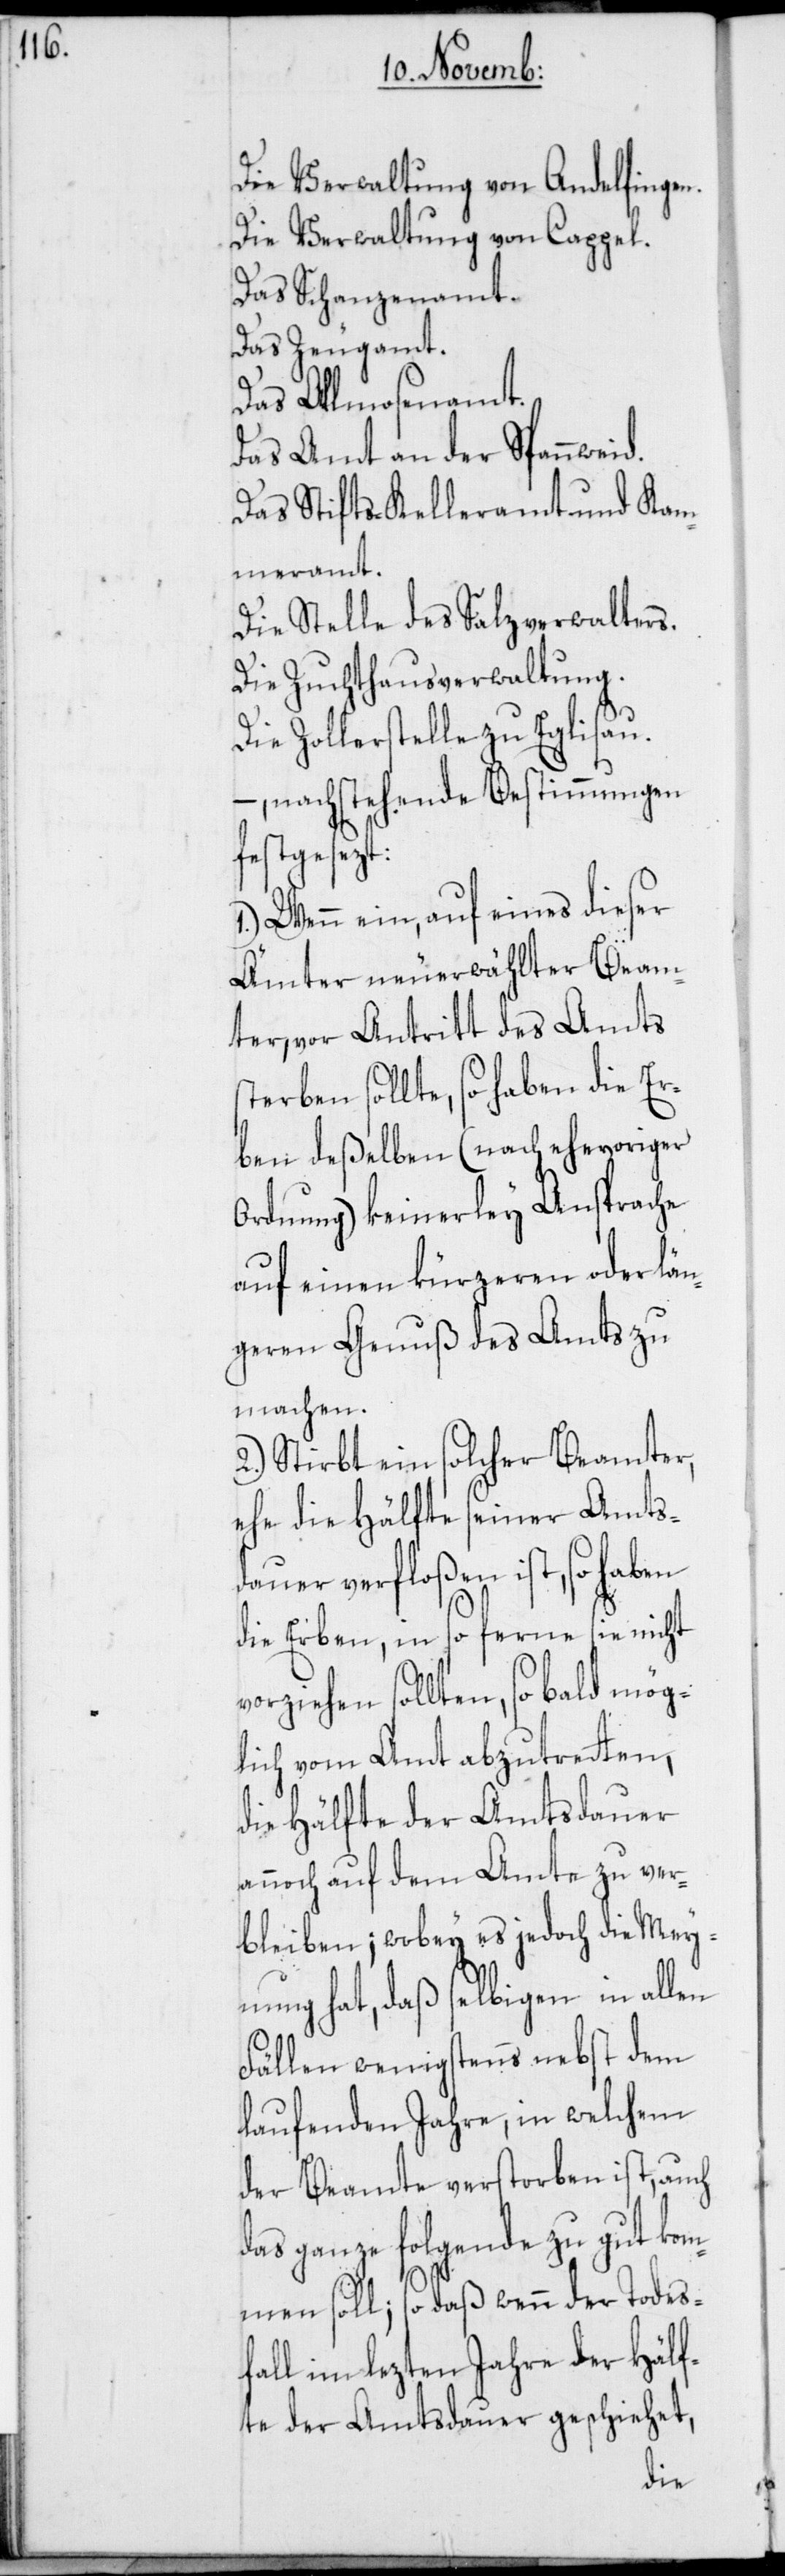
Die Verwaltung von Andelfingen.
Die Verwaltung von Cappel.
Das Schanzenamt.
Das Zeugamt.
Das Allmosenamt.
Das Amt an der Spannweid.
Das Stifts-Kelleramt und Kam¬
meramt.
Die Stelle des Salzverwalters.
Die Zuchthausverwaltung.
Die Zollerstelle zu Eglisau.
–, nachstehende Bestimmungen
festgesezt:
1.) Wenn ein, auf eines dieser
Ämter neuerwählter Beam¬
ter, vor Antritt des Amts
sterben sollte, so haben die Er¬
ben deßelben (nach ehevoriger
Ordnung) keinerley Ansprache
auf einen kürzeren oder län¬
geren Genuß des Amts zu
machen.
2.) Stirbt ein solcher Beamter,
ehe die Hälfte seiner Amts¬
dauer verfloßen ist, so haben
die Erben, in so ferne sie nicht
vorziehen sollten, so bald mög¬
lich vom Amt abzutretten,
die Hälfte der Amtsdauer
annoch auf dem Amte zu ver¬
bleiben; wobey es jedoch die Mey¬
nung hat, daß selbigen in allen
Fällen wenigstens nebst dem
laufenden Jahre, in welchem
der Beamte verstorben ist, auch
das ganze folgende zu gut kom¬
men soll; so daß wenn der Todes¬
fall im lezten Jahre der Hälf¬
te der Amtsdauer geschiehet,